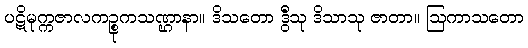
ပဋိမုက္ကဇာလကဉ္စုကသဏ္ဌာနာ။ ဒိသတော ဒွီသု ဒိသာသု ဇာတာ။ ဩကာသတော